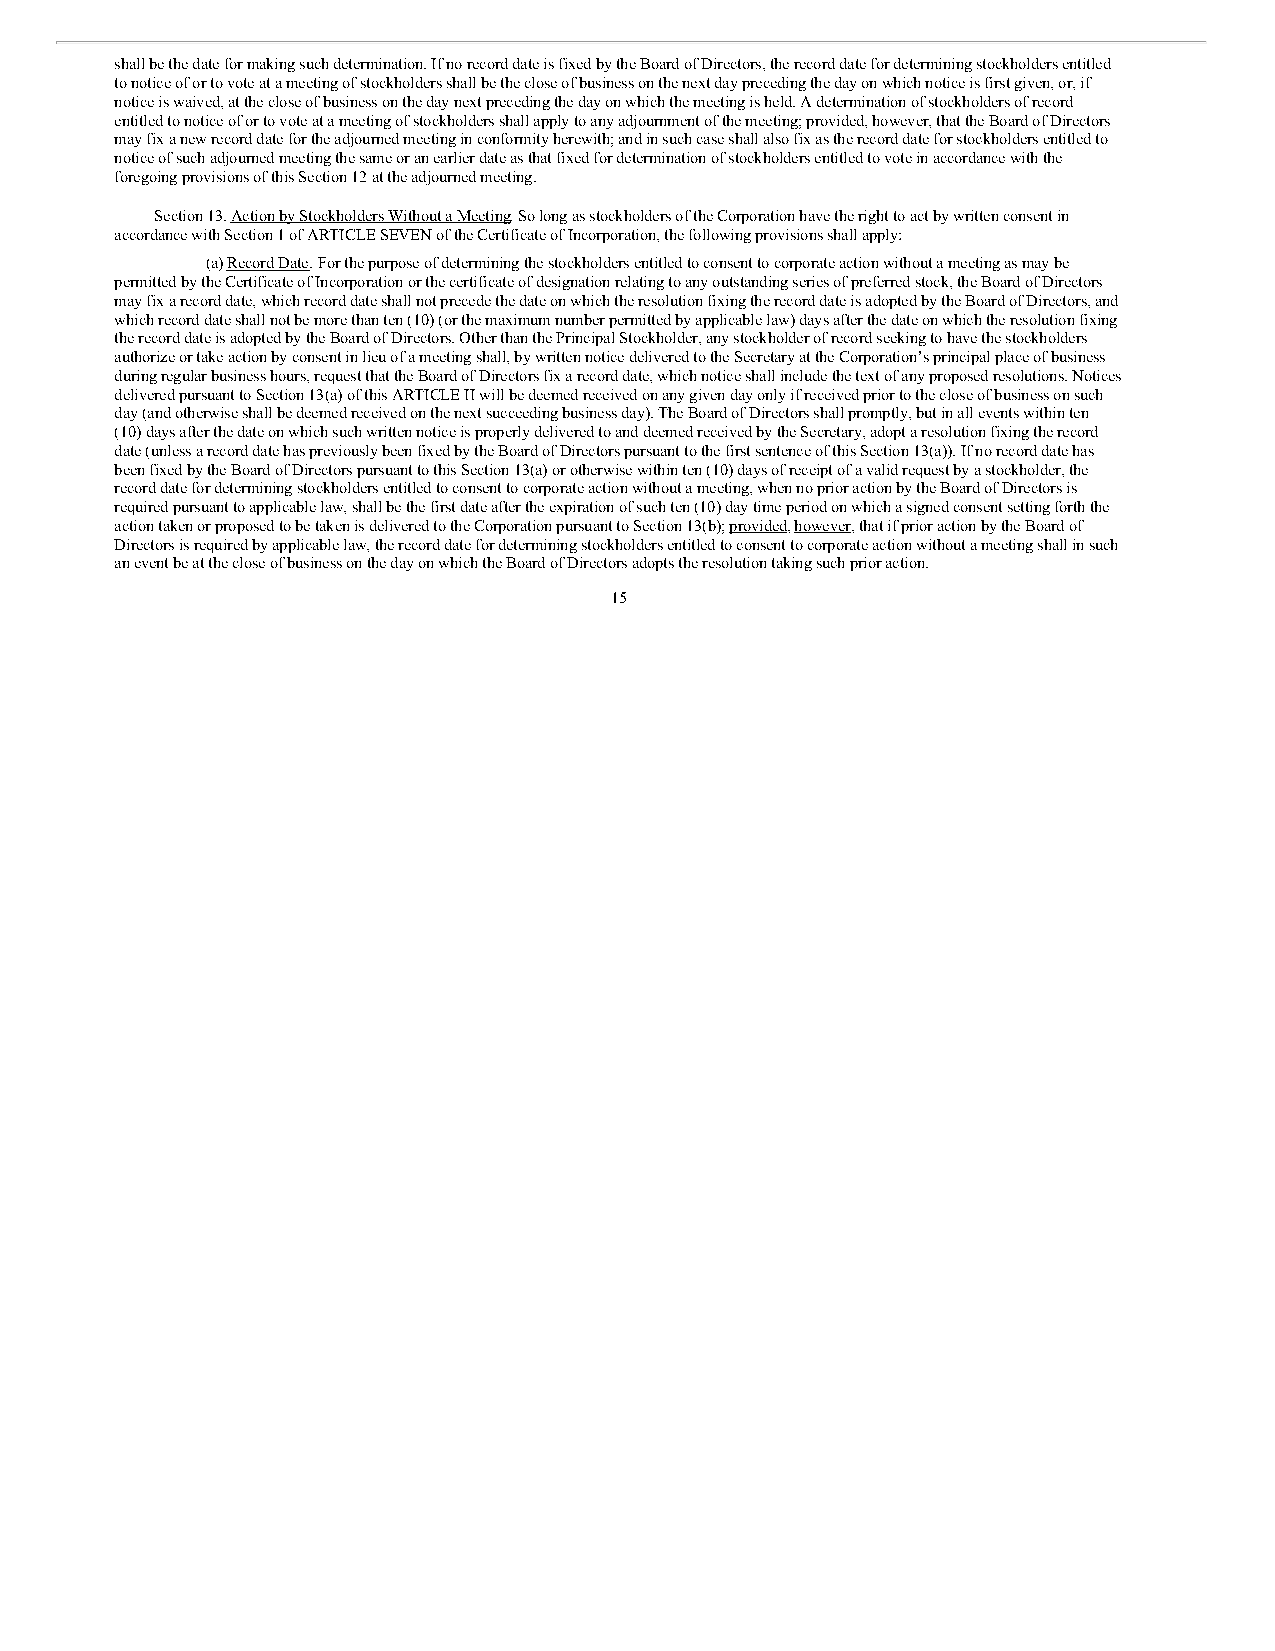
shall be the date for making such determination. If no record date is fixed by the Board of Directors, the record date for determining stockholders entitled
 to notice of or to vote at a meeting of stockholders shall be the close of business on the next day preceding the day on which notice is first given, or, if
 notice is waived, at the close of business on the day next preceding the day on which the meeting is held. A determination of stockholders of record
 entitled to notice of or to vote at a meeting of stockholders shall apply to any adjournment of the meeting; provided, however, that the Board of Directors
 may fix a new record date for the adjourned meeting in conformity herewith; and in such case shall also fix as the record date for stockholders entitled to
 notice of such adjourned meeting the same or an earlier date as that fixed for determination of stockholders entitled to vote in accordance with the
 foregoing provisions of this Section 12 at the adjourned meeting.
 Section 13. Action by Stockholders Without a Meeting. So long as stockholders of the Corporation have the right to act by written consent in
 accordance with Section 1 of ARTICLE SEVEN of the Certificate of Incorporation, the following provisions shall apply:
 (a) Record Date. For the purpose of determining the stockholders entitled to consent to corporate action without a meeting as may be
 permitted by the Certificate of Incorporation or the certificate of designation relating to any outstanding series of preferred stock, the Board of Directors
 may fix a record date, which record date shall not precede the date on which the resolution fixing the record date is adopted by the Board of Directors, and
 which record date shall not be more than ten (10) (or the maximum number permitted by applicable law) days after the date on which the resolution fixing
 the record date is adopted by the Board of Directors. Other than the Principal Stockholder, any stockholder of record seeking to have the stockholders
 authorize or take action by consent in lieu of a meeting shall, by written notice delivered to the Secretary at the Corporation’s principal place of business
 during regular business hours, request that the Board of Directors fix a record date, which notice shall include the text of any proposed resolutions. Notices
 delivered pursuant to Section 13(a) of this ARTICLE II will be deemed received on any given day only if received prior to the close of business on such
 day (and otherwise shall be deemed received on the next succeeding business day). The Board of Directors shall promptly, but in all events within ten
 (10) days after the date on which such written notice is properly delivered to and deemed received by the Secretary, adopt a resolution fixing the record
 date (unless a record date has previously been fixed by the Board of Directors pursuant to the first sentence of this Section 13(a)). If no record date has
 been fixed by the Board of Directors pursuant to this Section 13(a) or otherwise within ten (10) days of receipt of a valid request by a stockholder, the
 record date for determining stockholders entitled to consent to corporate action without a meeting, when no prior action by the Board of Directors is
 required pursuant to applicable law, shall be the first date after the expiration of such ten (10) day time period on which a signed consent setting forth the
 action taken or proposed to be taken is delivered to the Corporation pursuant to Section 13(b); provided, however, that if prior action by the Board of
 Directors is required by applicable law, the record date for determining stockholders entitled to consent to corporate action without a meeting shall in such
 an event be at the close of business on the day on which the Board of Directors adopts the resolution taking such prior action.
 15